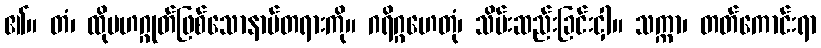
၏။ တံ၊ ထိုမဟဂ္ဂုတ်ဖြစ်သောနာမ်တရားကို။ ဂရိဂ္ဂဟေတုံ၊ သိမ်းဆည်းခြင်းငှါ။ သက္ကာ၊ တတ်ကောင်းရာ